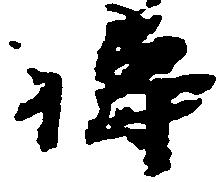
祷